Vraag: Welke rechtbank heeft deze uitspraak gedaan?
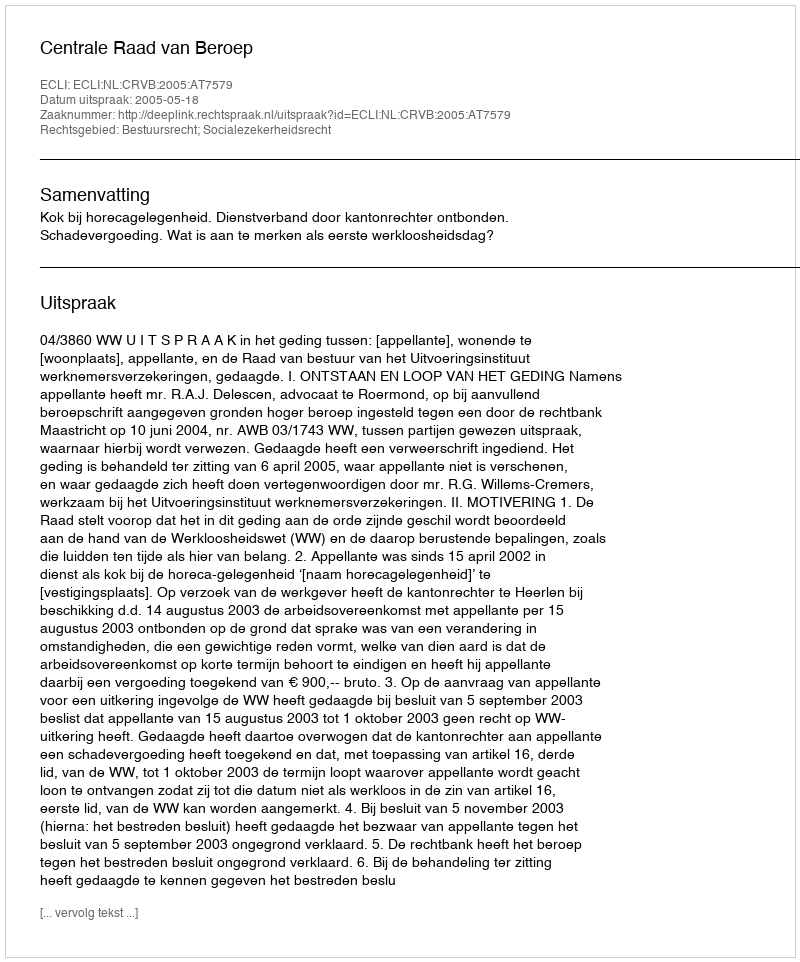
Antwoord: Centrale Raad van Beroep